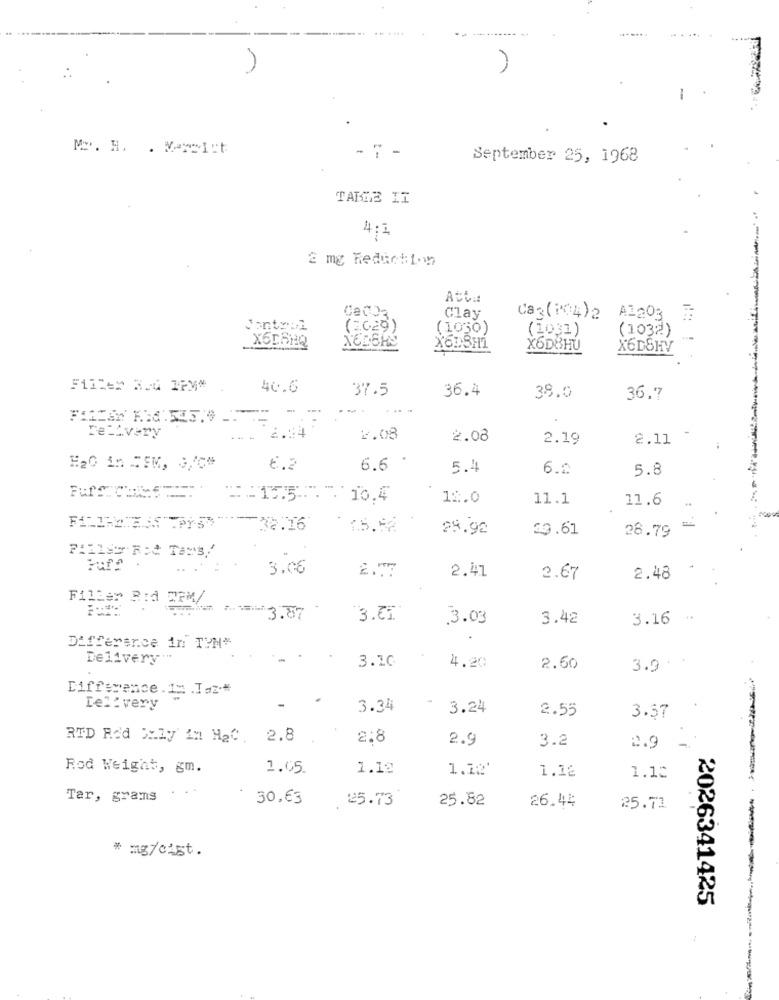
M. H. . Merci:t
- 7 -
September 25, 1968
TALGE II
4;1
2 mg Reduct1-17
Ced03.
Clay
Cag(?(4)2
A1203 :
Control
(3.029)
(1030)
(1031)
XEDSHS
(1032)
XODSHI
X6D8HU
X6DBHV
Filler Red IPMM
40.6
37.5
36.4
38.0
36.7
rellvery
2.08
2.08
2.19
2.11
E20 in CEM, G/C#
6.2
6.6
5.4
6.2
5.8
E:15.5. 10.4
12.0
11.1
11.6
F. :
38.16
1.5.52
28.92
39.61
28.79
3.06
2.41
2.67
2.48
Filler Rid DEM/
===== 3.87
3.03
3.42
3.16
Difference in TYM*
Delivery'"
.
3.10
3.9 * *
4.20
2.60
Difference. Im .Iaz*
Delivery
-
3.34
3.24
2.55
3.57
RTD Red Mily In HaC. 2.8
2.8
2.9
3.2
2.9
Rod Weight, gm.
1.05.
1.19
1.12'
1.12
1.12
Tar, grams
30,63
25.73
25.82
26.44
25.71
* mg/cust.
2026341425
--